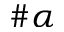
\# \alpha